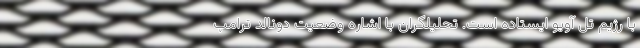
با رژیم تل آویو ایستاده است. تحلیلگران با اشاره وضعیت دونالد ترامپ